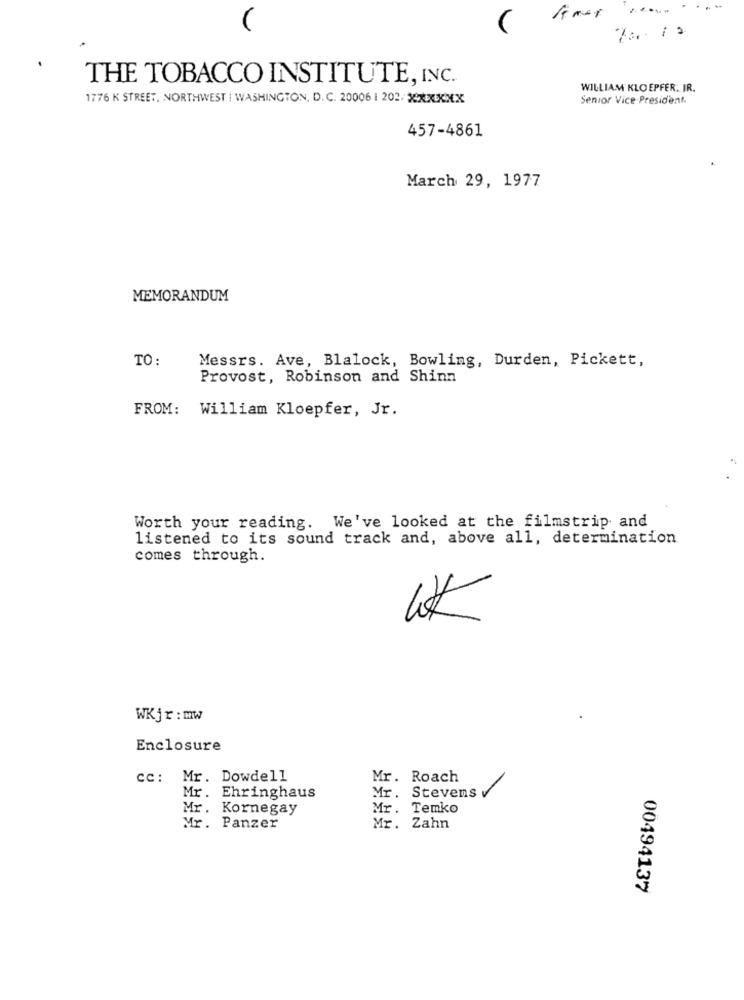
.- -
THE TOBACCO INSTITUTE, INC.
WILLIAM KLO EPFER. IR.
1776 K STREET, NORTHWEST | WASHINGTON, D. C. 20006 | 202/ XXXXXX
Senior Vice President.
457-4861
March 29, 1977
MEMORANDUM
TO:
Messrs. Ave, Blalock, Bowling, Durden, Pickett,
Provost, Robinson and Shinn
FROM: William Kloepfer, Jr.
Worth your reading. We've looked at the filmstrip and
listened to its sound track and, above all, determination
comes through.
3
WKjr: mw
Enclosure
cc: Mr. Dowdell
Mr.
Roach
Mr. Ehringhaus
Mr. Stevens v
Mr. Kornegay
Mr. Temko
Mr. Panzer
Mr. Zahn
00494137